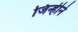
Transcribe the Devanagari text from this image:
जिन्हीने